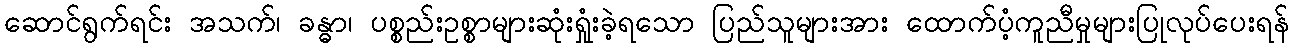
ဆောင်ရွက်ရင်း အသက်၊ ခန္ဓာ၊ ပစ္စည်းဥစ္စာများဆုံးရှုံးခဲ့ရသော ပြည်သူများအား ထောက်ပံ့ကူညီမှုများပြုလုပ်ပေးရန်